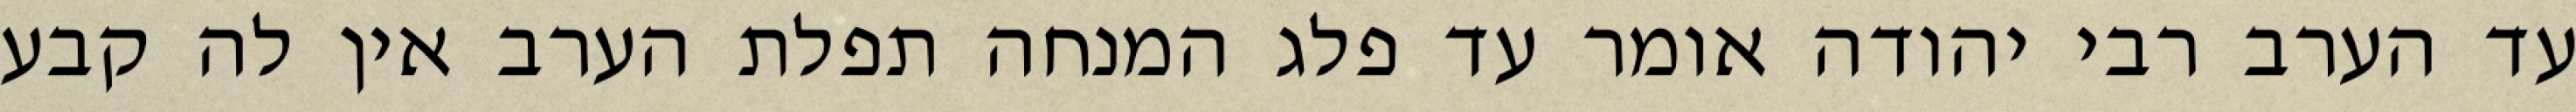
עד הערב רבי יהודה אומר עד פלג המנחה תפלת הערב אין לה קבע